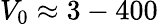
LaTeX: V_{0}\approx 3-400